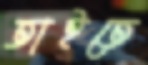
তাইতে